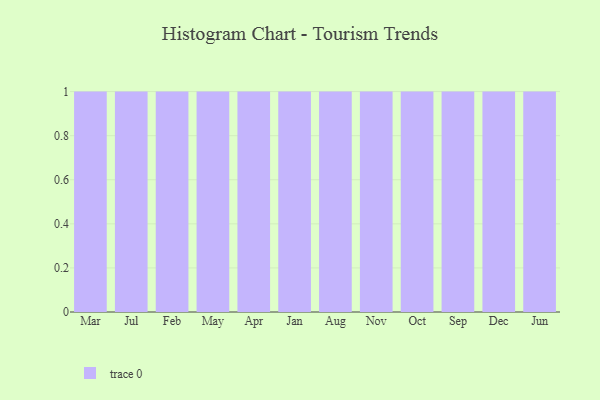
{"axis": {"x": "Month", "y": "Operating Costs (USD K)"}, "legend": [""], "data": [{"x": "Mar", "y": 83, "type": ""}, {"x": "Jul", "y": 99, "type": ""}, {"x": "Feb", "y": 63, "type": ""}, {"x": "May", "y": 32, "type": ""}, {"x": "Apr", "y": 2, "type": ""}, {"x": "Jan", "y": 59, "type": ""}, {"x": "Aug", "y": 62, "type": ""}, {"x": "Nov", "y": 23, "type": ""}, {"x": "Oct", "y": 30, "type": ""}, {"x": "Sep", "y": 78, "type": ""}, {"x": "Dec", "y": 25, "type": ""}, {"x": "Jun", "y": 8, "type": ""}]}